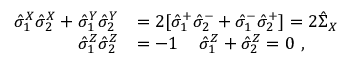
\begin{array} { r l } { \hat { \sigma } _ { 1 } ^ { X } \hat { \sigma } _ { 2 } ^ { X } + \hat { \sigma } _ { 1 } ^ { Y } \hat { \sigma } _ { 2 } ^ { Y } } & { = 2 [ \hat { \sigma } _ { 1 } ^ { + } \hat { \sigma } _ { 2 } ^ { - } + \hat { \sigma } _ { 1 } ^ { - } \hat { \sigma } _ { 2 } ^ { + } ] = 2 \hat { \Sigma } _ { X } } \\ { \hat { \sigma } _ { 1 } ^ { Z } \hat { \sigma } _ { 2 } ^ { Z } } & { = - 1 \, \quad \hat { \sigma } _ { 1 } ^ { Z } + \hat { \sigma } _ { 2 } ^ { Z } = 0 \ , } \end{array}